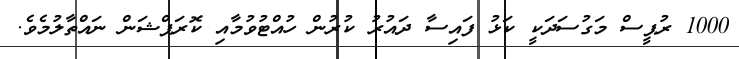
1000 ރުޕީސް މަގުސަދަކީ ކަޅު ފައިސާ ދައުރު ކުރުން ހުއްޓުވުމާއި ކޮރަޕްޝަން ނައްތާލުމެވެ.